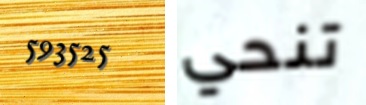
593525 تنحي